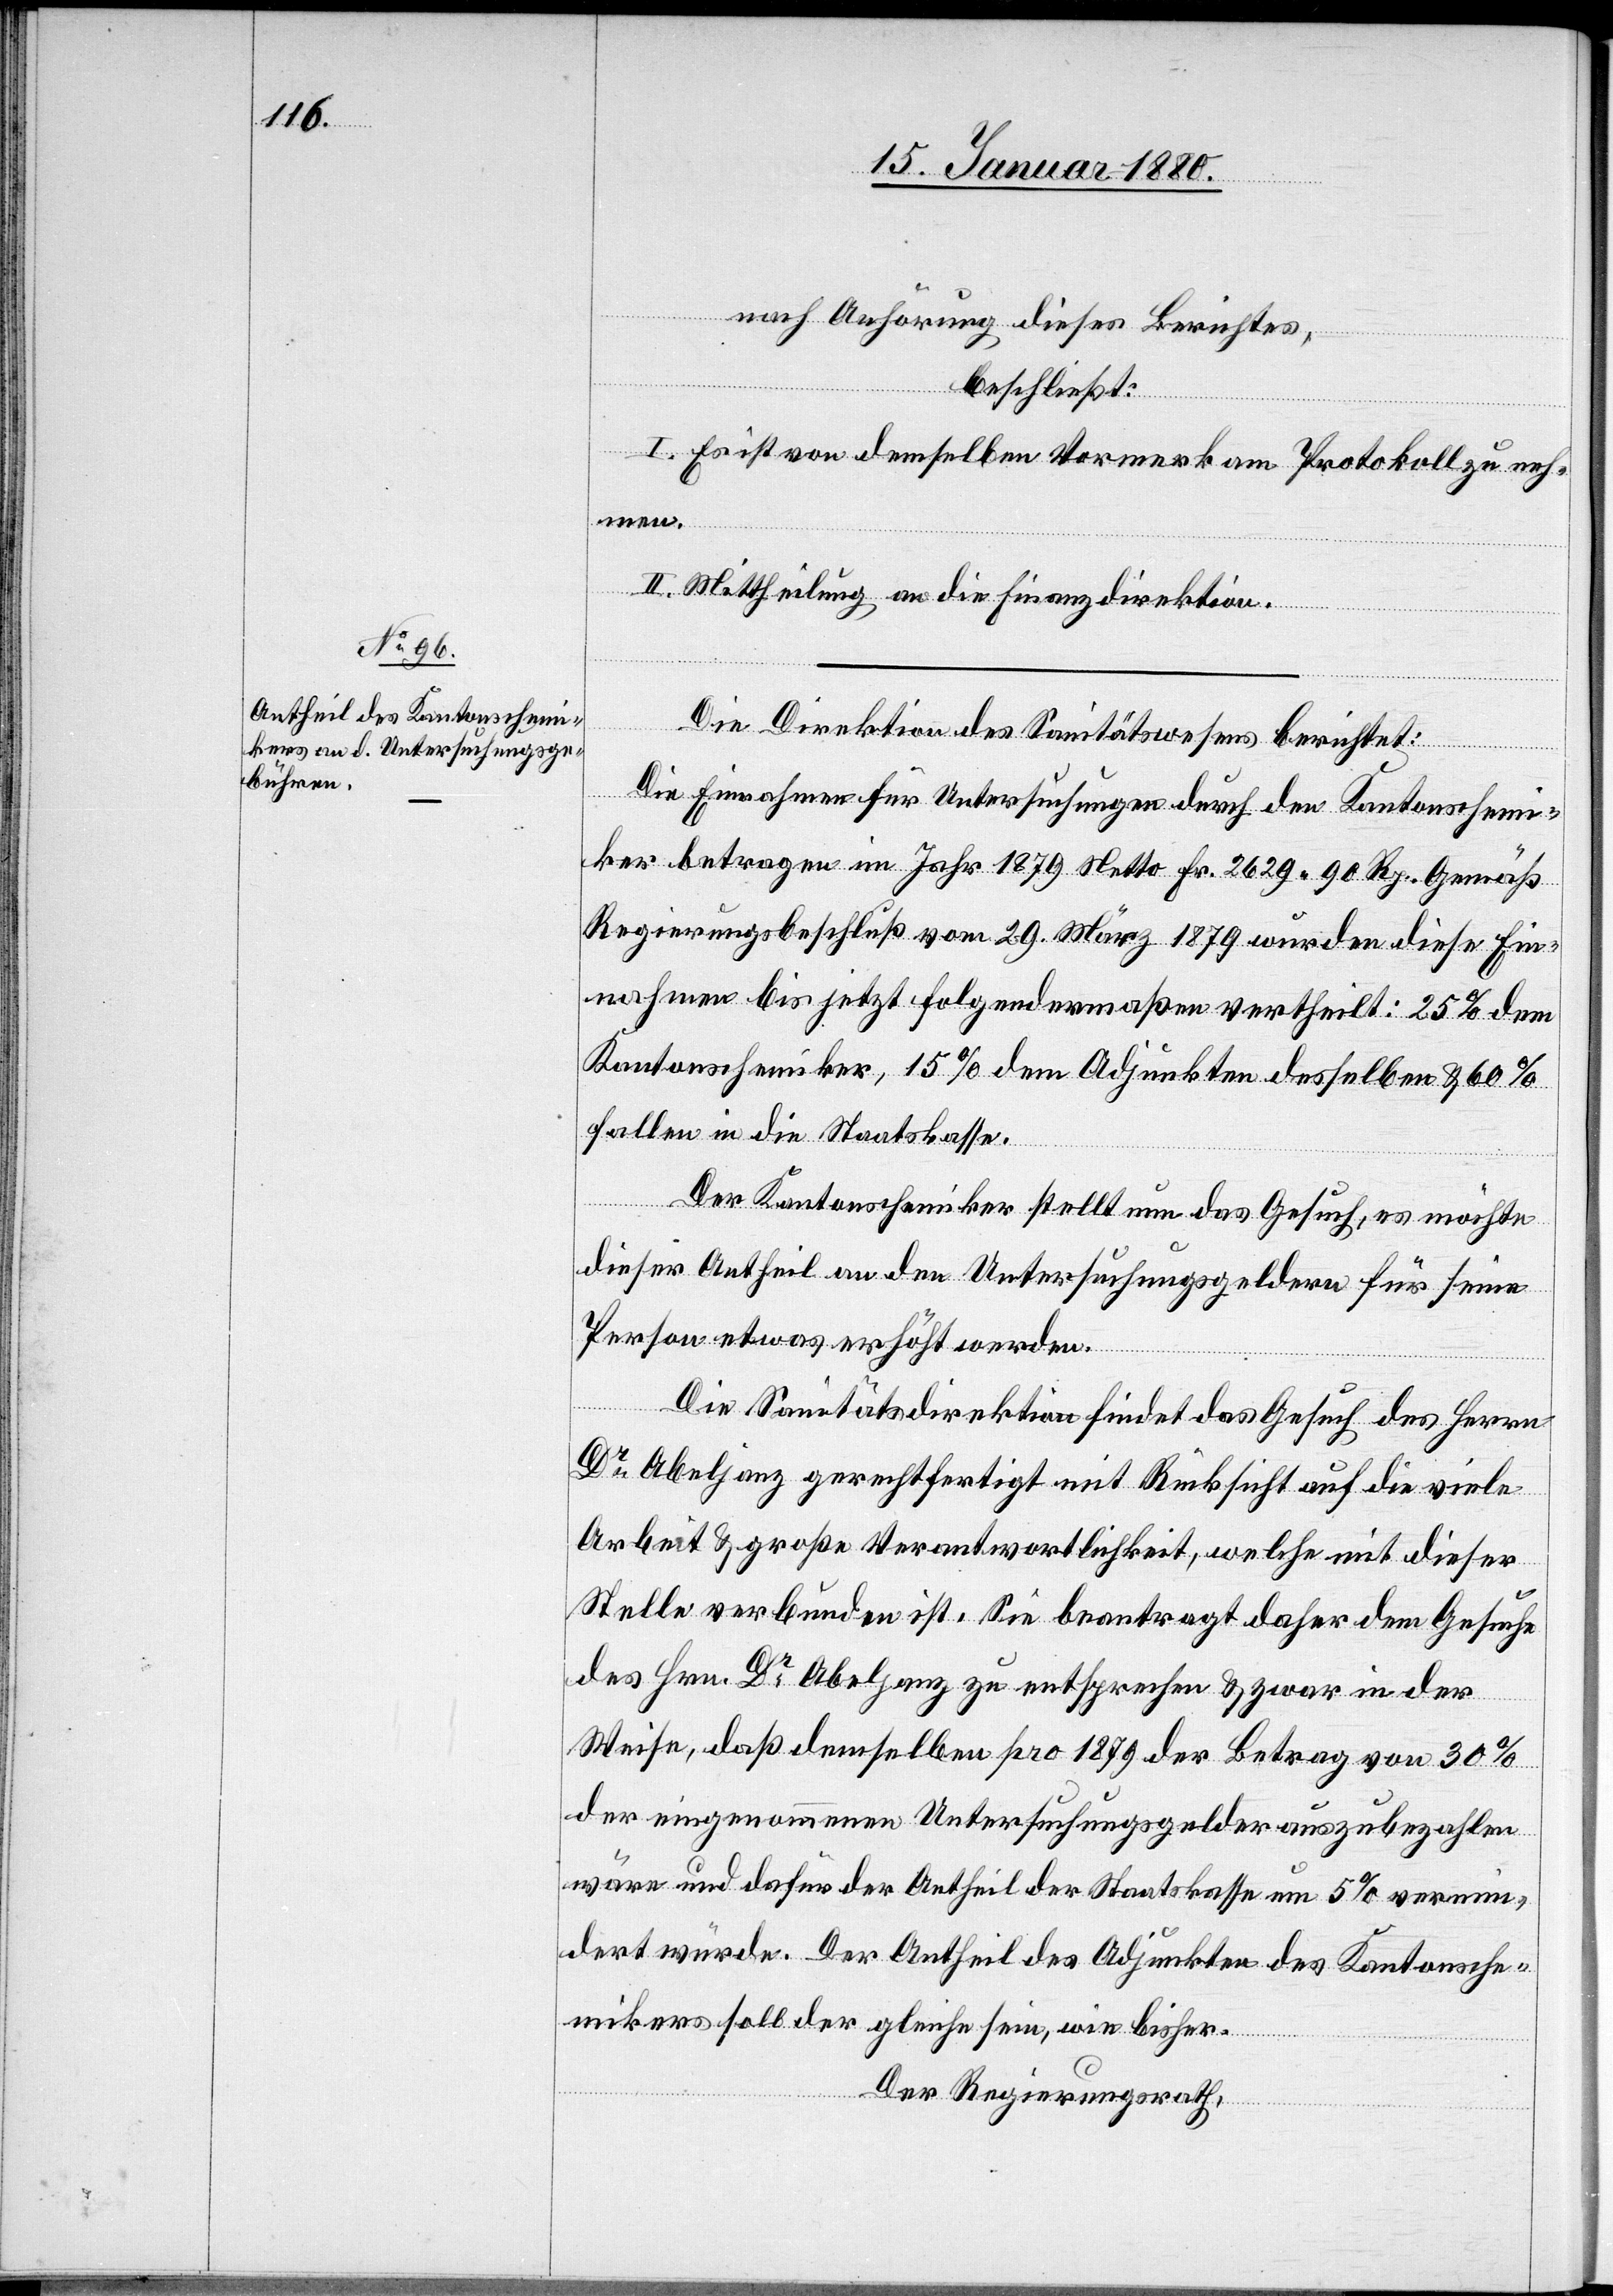
nach Anhörung dieses Berichtes,
beschließt:
I. Es ist von demselben Vormerk am Protokoll zu neh¬
men.
II. Mittheilung an die Finanzdirektion.
Die Direktion des Sanitätswesens berichtet:
Die Einnahmen für Untersuchungen durch den Kantonschemi¬
ker betragen im Jahr 1879 Nett Fr. 2629.90 Rp. Gemäß
Regierungsbeschluß vom 29. März 1879 wurden diese Ein¬
nahmen bis jetzt folgendermaßen vertheilt: 25 % dem
Kantonschemiker, 15 % dem Adjunkten desselben & 60 %
fallen in die Staatskasse.
Der Kantonschemiker stellt nun das Gesuch, es möchte
dieser Antheil an den Untersuchungsgeldern für seine
Person etwas erhöht werden.
Die Sanitätsdirektion findet das Gesuch des Herrn
Dr Abeljanz gerechtfertigt mit Rücksicht auf die viele
Arbeit & große Verantwortlichkeit, welche mit dieser
Stelle verbunden ist. Sie beantragt daher dem Gesuche
des Hrn. Dr Abeljanz zu entsprechen & zwar in der
Weise, daß demselben pro 1879 der Betrag von 30 %
der eingenommenen Untersuchungsgelder auszubezahlen
wäre und dafür der Antheil der Staatskasse um 5 % vermin¬
dert würde. Der Antheil des Adjunkten des Kantonsche¬
mikers soll der gleiche sein, wie bisher.
Der Regierungsrath,